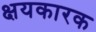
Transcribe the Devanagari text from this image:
क्षयकारक